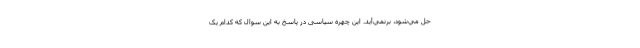
حل مي‌شود، برنمي‌آيد. این چهره سیاسی در پاسخ به این سوال که کدام یک